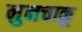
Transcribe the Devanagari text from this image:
नुनचाकू